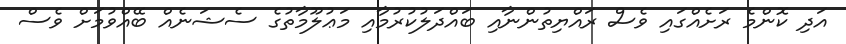
އަދި ކޮންމެ ރަށެއްގައި ވެސް ރައްޔިތުންނާއި ބައްދަލުކުރުމާއި މަޢުލޫމާތުގެ ސެޝަނެއް ބޭއްވުމަށް ވެސް